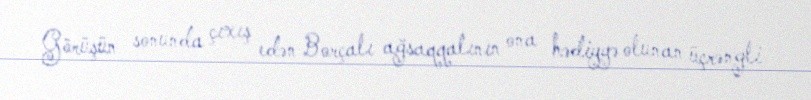
Görüşün sonunda çıxış edən Borçalı ağsaqqalının ona hədiyyə olunan üçrəngli